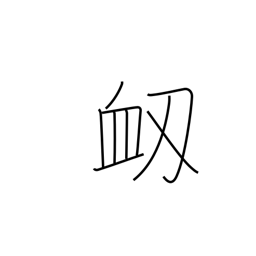
Meaning: nosebleed